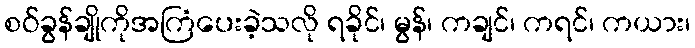
စဝ်ခွန်ချိုကိုအကြံပေးခဲ့သလို ရခိုင်၊ မွန်၊ ကချင်၊ ကရင်၊ ကယား၊